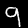
Digit: 9